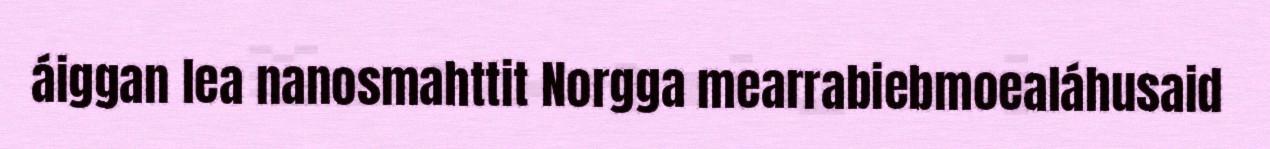
áiggan lea nanosmahttit Norgga mearrabiebmoealáhusaid